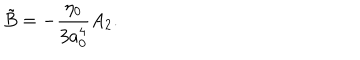
\tilde { B } = - { \frac { \eta _ { 0 } } { 3 a _ { 0 } ^ { 4 } } } A _ { 2 } .